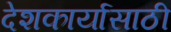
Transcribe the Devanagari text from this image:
देशकार्यासाठी